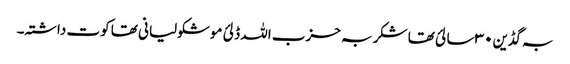
بہ گڈین ۳۰ سالئ تھا شکر بہ حزب اللہ ڈلئ موشکولیانی تھا کوت داشتہ۔